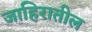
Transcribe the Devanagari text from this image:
जाहिरातील